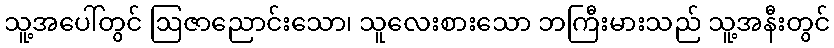
သူ့အပေါ်တွင် ဩဇာညောင်းသော၊ သူလေးစားသော ဘကြီးမားသည် သူ့အနီးတွင်